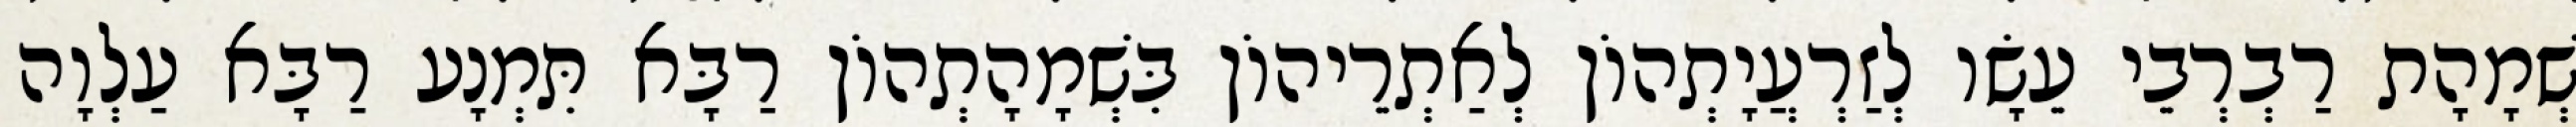
שְׁמָהָת רַבְרְבֵי עֵשָׂו לְזַרְעֲיָתְהוֹן לְאַתְרֵיהוֹן בִּשְׁמָהָתְהוֹן רַבָּא תִּמְנָע רַבָּא עַלְוָה